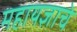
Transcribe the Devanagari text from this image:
महायज्ञाचे